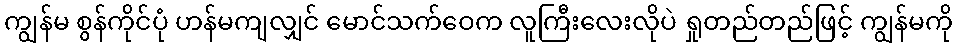
ကျွန်မ စွန်ကိုင်ပုံ ဟန်မကျလျှင် မောင်သက်ဝေက လူကြီးလေးလိုပဲ ရှုတည်တည်ဖြင့် ကျွန်မကို